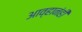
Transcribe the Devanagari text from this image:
आव्हानंही